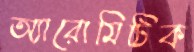
অ্যারোমিটিক